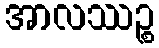
အာလဿဉ္စ